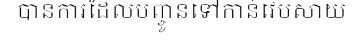
បានការដែលបញ្ចូនទៅកាន់វេបសាយ